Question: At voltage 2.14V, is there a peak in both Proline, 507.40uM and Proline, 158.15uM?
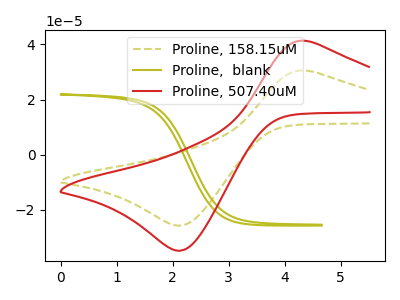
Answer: <think>The olive dashed curve "Proline, 158.15uM" has an anodic peak at (4.40V, 30.40uA) and a cathodic peak at (2.15V, -25.70uA). The olive curve "Proline,  blank" has no peaks. The red curve "Proline, 507.40uM" has an anodic peak at (4.40V, 41.15uA) and a cathodic peak at (2.15V, -34.80uA).</think>
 <answer>Yes, "Proline, 507.40uM" and "Proline, 158.15uM" share a peak at 2.14V.</answer>
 <eval>match</eval>